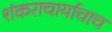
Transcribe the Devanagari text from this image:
शंकराचार्याचाच